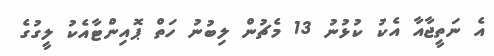
އެ ނަތީޖާއާ އެކު ކުޅުނު 13 މެޗުން ލިބުނު ހަތް ޕޮއިންޓާއެކު ލީގުގެ